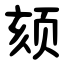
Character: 颏